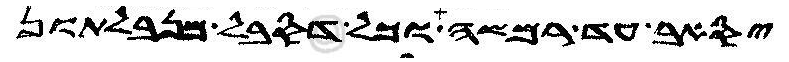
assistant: יסאב עד רמשה וכל דסבל מנבלתון